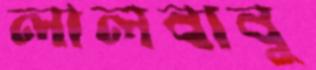
লালবাবু